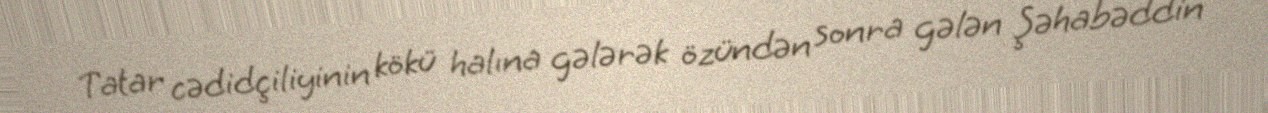
Tatar cədidçiliyinin kökü halına gələrək özündən sonra gələn Şəhabəddin